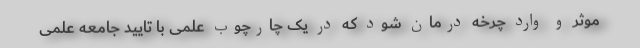
موثر و وارد چرخه درمان شود که در یک چارچوب علمی با تایید جامعه علمی